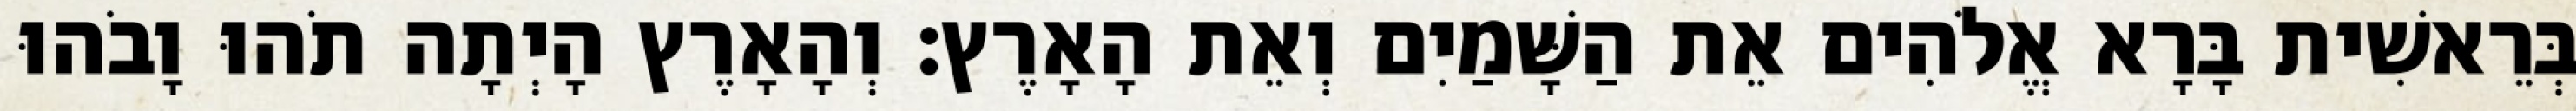
בְּרֵאשִׁית בָּרָא אֱלֹהִים אֵת הַשָּׁמַיִם וְאֵת הָאָרֶץ׃ וְהָאָרֶץ הָיְתָה תֹהוּ וָבֹהוּ